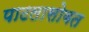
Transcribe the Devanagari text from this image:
पाटलासोबत